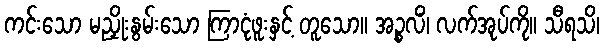
ကင်းသော မညှိုးနွမ်းသော ကြာငုံဖူးနှင့် တူသော။ အဉ္စလိံ၊ လက်အုပ်ကို။ သီရသိ၊